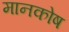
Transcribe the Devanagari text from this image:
मानकोष